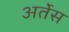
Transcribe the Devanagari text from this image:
अर्तेस